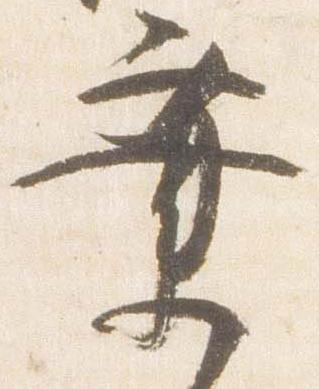
業